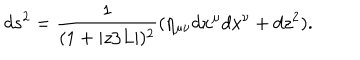
LaTeX: d s ^ { 2 } = \frac { 1 } { ( 1 + | z / L | ) ^ { 2 } } ( \eta _ { \mu \nu } d x ^ { \mu } d x ^ { \nu } + d z ^ { 2 } ) .